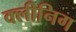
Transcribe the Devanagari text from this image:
क्लीनिग